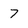
Character: 7